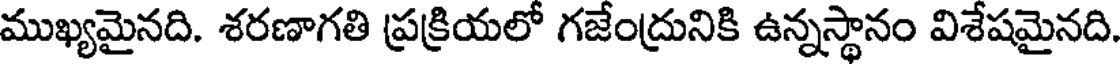
ముఖ్యమైనది. శరణాగతి ప్రక్రియలో గజేంద్రునికి ఉన్నస్థానం విశేషమైనది.